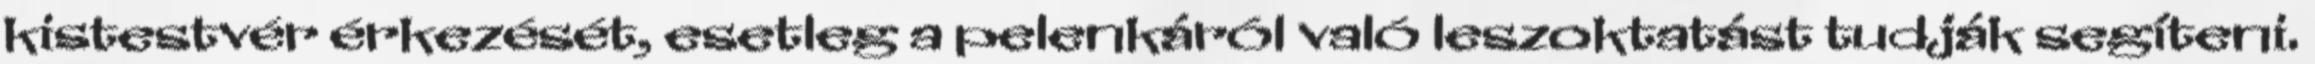
kistestvér érkezését, esetleg a pelenkáról való leszoktatást tudják segíteni.